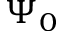
\Psi _ { 0 }